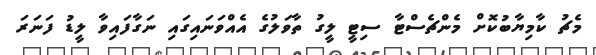
މެޗު ކާމިޔާބުކޮށް މެންޗެސްޓާ ސިޓީ ލީގު ތާވަލުގެ އެއްވަނައިގައި ނަގާފައިވާ ލީޑު ފަނަރަ